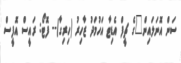
ސަން އޮނަލައިން"ގެ ޗީފް އެޑިޓާ އަހުމަދު ޒާހިރު (ހިރިގާ)-- ފޮޓޯ: ރައީސް އޮފީސް